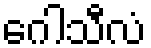
ဂေါသီလံ